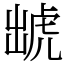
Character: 䖓